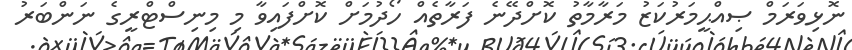
ނޮޅިވަރަމް ޞިއްޙީމަރުކަޒު މަރާމާތު ކޮށްދޭނެ ފަރާތެއް ހޯދުމަށް ކޮށްފައިވާ މި މިނިސްޓްރީގެ ނަންބަރު